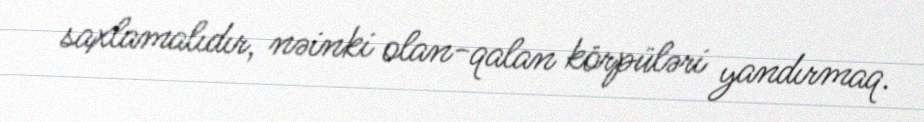
saxlamalıdır, nəinki olan-qalan körpüləri yandırmaq.